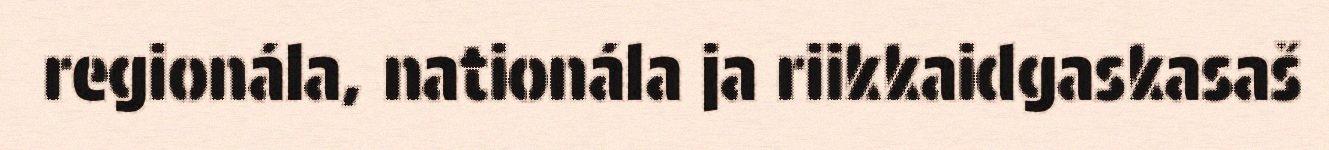
regionála, nationála ja riikkaidgaskasaš